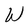
Character: W